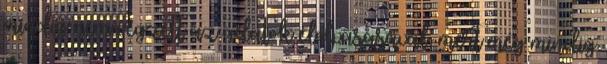
mindig nem végzett az adatok elolvasásával, mert még mindig